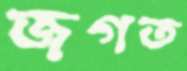
জগত